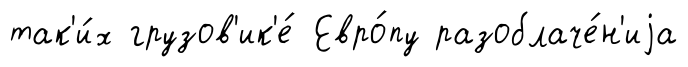
так'и́х грузов'ик'е́ Евро́пу разоблаче́н'иjа